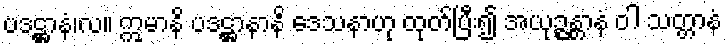
ပဒဋ္ဌာနံ၊လ။ ဣမာနိ ပဒဋ္ဌာနာနိ ဒေသနာဟု ထုတ်ပြီး၍ အယုဉ္ဇန္တာနံ ဝါ သတ္တာနံ